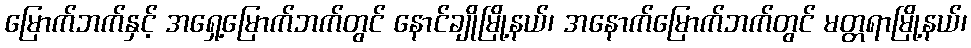
မြောက်ဘက်နှင့် အရှေ့မြောက်ဘက်တွင် နောင်ချိုမြို့နယ်၊ အနောက်မြောက်ဘက်တွင် မတ္တရာမြို့နယ်၊